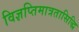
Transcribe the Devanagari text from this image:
विज्ञप्तिमात्रतासिद्धि